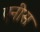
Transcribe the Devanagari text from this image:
एनीस